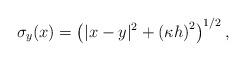
LaTeX: \begin{align*} \sigma_{y} (x) = \left( | x - y|^2 + \left( \kappa h \right)^2 \right)^{1/2},\end{align*}